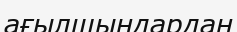
ағылшындардан